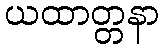
ယထာတ္တနာ